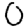
Digit: 0